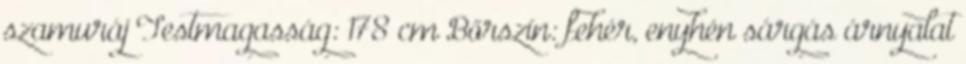
szamuráj Testmagasság: 178 cm Bőrszín: fehér, enyhén sárgás árnyalat